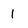
Character: 1